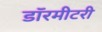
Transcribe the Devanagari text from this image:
डॉरमीटरी